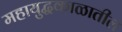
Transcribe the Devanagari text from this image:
महायुद्धकाळातील